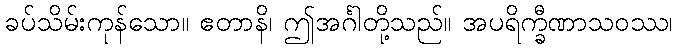
ခပ်သိမ်းကုန်သော။ ဧတာနိ၊ ဤအင်္ဂါတို့သည်။ အပရိက္ခီဏာသဝဿ၊